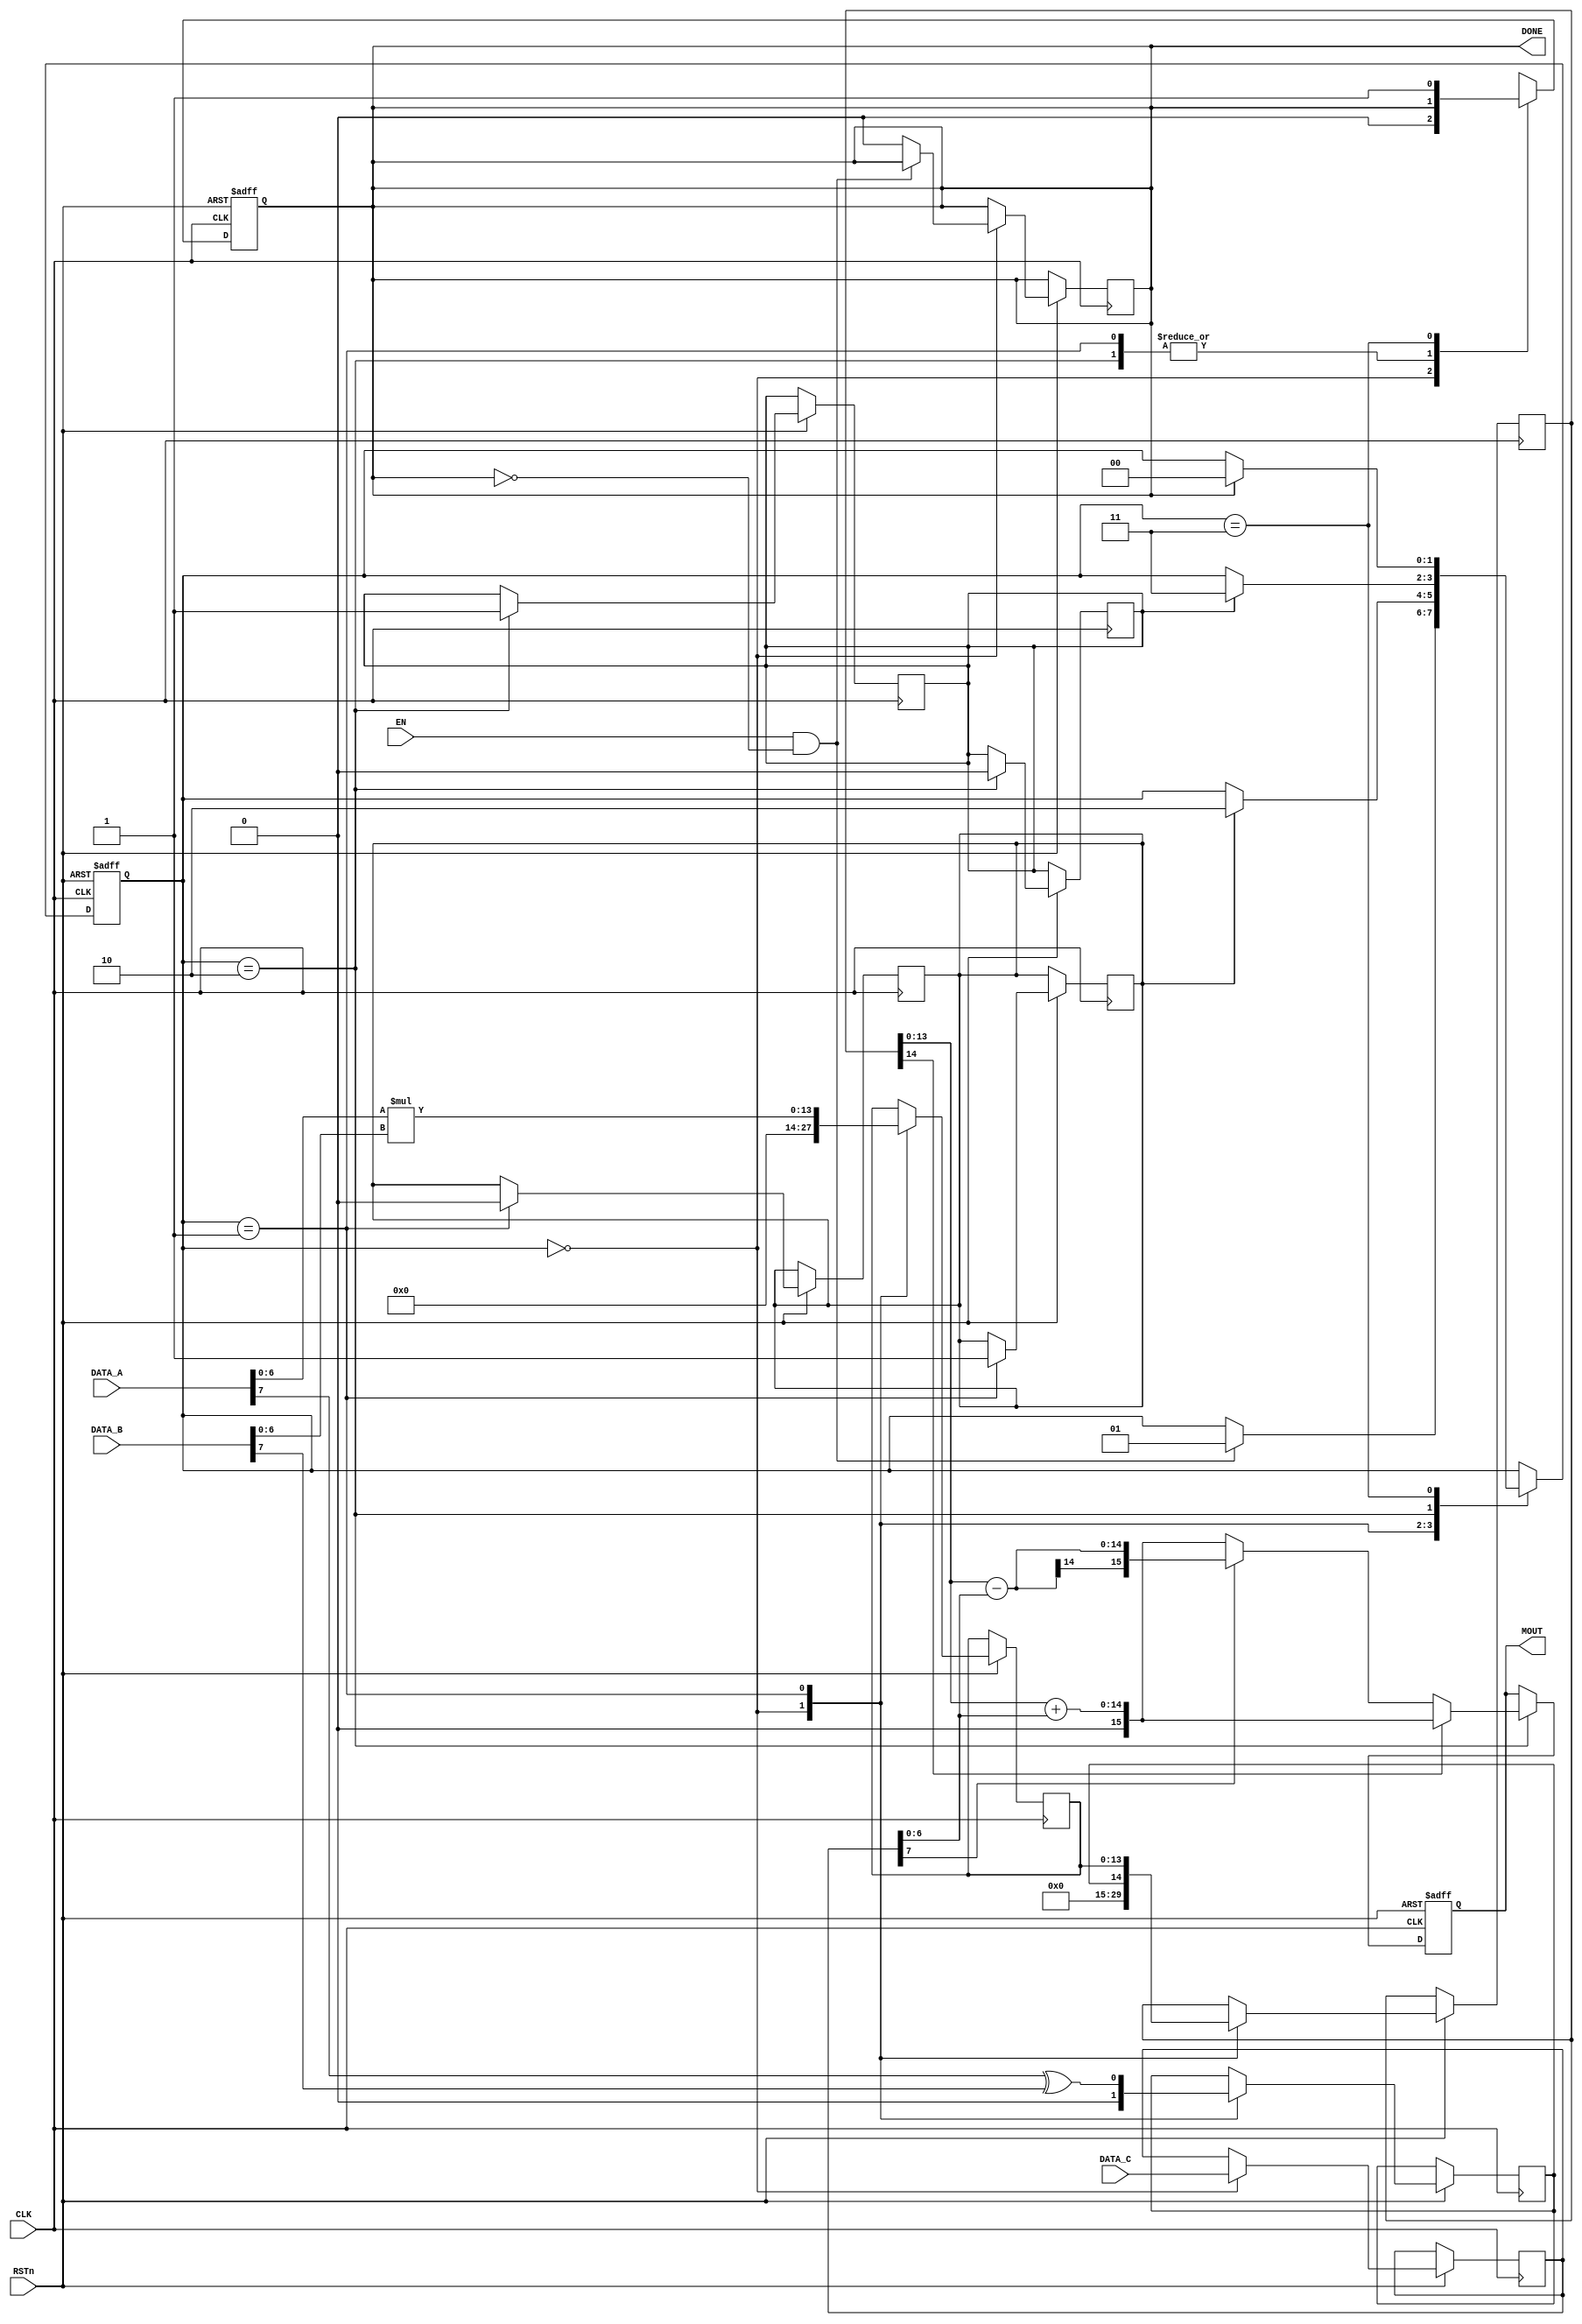
`timescale 1ns / 1ps

module MAC #(

    parameter integer A_BITWIDTH = 8,
    parameter integer B_BITWIDTH = A_BITWIDTH,
    parameter integer OUT_BITWIDTH = 16,
    parameter integer C_BITWIDTH = A_BITWIDTH,
    parameter integer C_EXTEN_BITWIDTH = 2*C_BITWIDTH-1
    
)
(
    
    input                                   CLK,
    input                                   EN,
    input                                   RSTn,
    input [A_BITWIDTH-1:0]                  DATA_A, 
    input [B_BITWIDTH-1:0]                  DATA_B,
    input [C_BITWIDTH-1:0]                  DATA_C,
    output reg [OUT_BITWIDTH-1:0]           MOUT,
    output reg                              DONE
    );

localparam 
    STATE_IDLE = 2'b00, 
    STATE_MULT = 2'b01, 
    STATE_Addx = 2'b10,
    STATE_Done = 2'b11;
    
reg [1:0] m_state;
wire [C_EXTEN_BITWIDTH-1:0] data_c_exten;

reg mul_done;
reg add_done;

reg mult_sign_res = 1'b0;
reg [2*A_BITWIDTH-3:0] mult_mag_res; // 14 bit
reg [2*A_BITWIDTH-2:0] mult_result; // 15 bit

reg add_sign_res = 1'b0;
reg [C_BITWIDTH-1:0] c_reg; // 8bit
reg [C_EXTEN_BITWIDTH:0] add_mag_res; // 15bit

// data_c_exten is Extended DATA_C
// Because C is added with A*B, both of C and A*B have same fraction bits (12bit = 2^-12) and better to have same # of bits
// DATA_C's fraction is  6bit(2^-6), So modify it.
assign data_c_exten = {DATA_C[7],1'b0,DATA_C[6:0], 6'b000000};  


// sequential task: updating the state
always @( posedge CLK or negedge RSTn) begin
    if(!RSTn) begin
        m_state <= 2'b00;
    end
    else begin
        case(m_state)
            STATE_IDLE: begin
                if(EN && !DONE) begin
                // TO DO
                // If EN is high and DONE != 1, then running state.
                    m_state <= STATE_MULT;
                end
                else begin
                // TO DO
                // If not, just waiting for condition.
                    DONE <= 1'b0;
                end
            end
            STATE_MULT: begin
                // TO DO
                // If multiply calculation done, move to add state
                if(mul_done) begin
                    m_state <= STATE_Addx;
                    mul_done <= 1'b0;
                end
            end
            STATE_Addx: begin
                // TO DO
                // If add calculation done, move to done state
                if(add_done) begin
                    m_state <= STATE_Done;
                    add_done <= 1'b0;
                end 
            end
            STATE_Done: begin
                // TO DO
                // move to idle state
                if(DONE) m_state <= STATE_IDLE;
            end
            default:;
           
        endcase
    end
end
                    
// combinational logic: determine the value of the machine's output
always @ (posedge CLK or negedge RSTn) begin
    if(!RSTn) begin
        MOUT <={OUT_BITWIDTH{1'b0}};
        DONE <= 1'b0;
    end

    // implement multiply and adder freely
    // In this module, you can modify everything except input/outputs
    // MOUT = A*B + data_c_exten
    else begin
        case(m_state)
            STATE_IDLE: begin
            // TO DO
            // Done flag reset!
                DONE <= 1'b0;
                mult_sign_res <= 1'b0;
                mult_mag_res <= 14'b0;
                mult_result <= 15'b0;
                add_mag_res <= 15'b0;
                add_sign_res <= 1'b0;
                c_reg <= DATA_C;
            end
            
            STATE_MULT: begin
            // TO DO
            // Do multiply
                mult_sign_res <= DATA_A[A_BITWIDTH-1] ^ DATA_B[B_BITWIDTH-1];
                mult_mag_res <= DATA_A[A_BITWIDTH-2:0] * DATA_B[B_BITWIDTH-2:0];
                mult_result <= {mult_sign_res, mult_mag_res};

                mul_done <= 1'b1;
            end
            
            STATE_Addx: begin
            // TO DO
            // Do add
                if(mult_result[14] == 1) begin
                    if (c_reg[7] == 1) begin
                        add_mag_res = mult_result[13:0] + c_reg[6:0];
                    end
                    else if (c_reg[7] == 0) begin
                        add_mag_res = mult_result[13:0] + c_reg[6:0];
                    end
                end
                else if(mult_result[14] == 0) begin
                    if (c_reg[7] == 1) begin
                        add_mag_res = mult_result[13:0] - c_reg[6:0];
                    end
                    else if (c_reg[7] == 0) begin
                        add_mag_res = mult_result[13:0] + c_reg[6:0];
                    end
                end

                add_sign_res = mult_result[14] ^ c_reg[7];
                MOUT <= {add_sign_res, add_mag_res};
                add_done <= 1'b1;
            end 

            STATE_Done: begin
            // TO DO
            // make output 'DONE' flag high.( DONE = 1)
                DONE = 1'b1;
            end
            default:;
       endcase
   end
end
endmodule